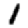
Digit: 1